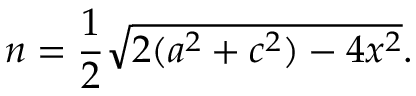
n = { \frac { 1 } { 2 } } { \sqrt { 2 ( a ^ { 2 } + c ^ { 2 } ) - 4 x ^ { 2 } } } .